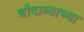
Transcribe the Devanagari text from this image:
चौदाव्याच्या